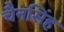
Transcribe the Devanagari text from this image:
चैनसिंह